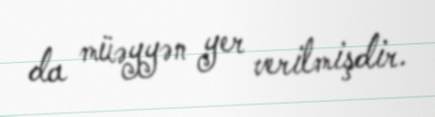
da müəyyən yer verilmişdir.